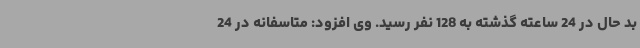
بد حال در 24 ساعته گذشته به 128 نفر رسید. وی افزود: متاسفانه در 24